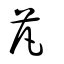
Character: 芃